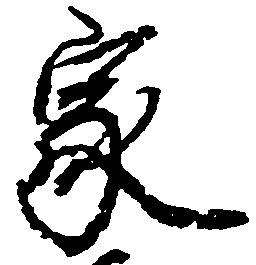
家